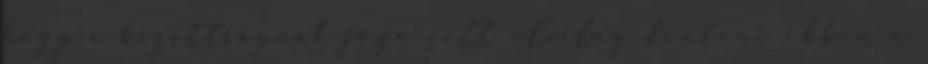
hogy a bizottságnak joga volt elvileg dönteni ebben a